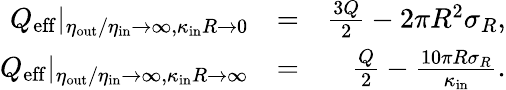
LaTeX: \begin{array}{rlr}{Q_{\mathrm{eff}}|_{\eta_{\mathrm{out}}/\eta_{\mathrm{in}}\to\infty,\kappa_{\mathrm{in}}R\to 0}}&{=}&{\frac{3Q}{2}-2\pi R^{2}\sigma_{R},}\\ {Q_{\mathrm{eff}}|_{\eta_{\mathrm{out}}/\eta_{\mathrm{in}}\to\infty,\kappa_{\mathrm{in}}R\to\infty}}&{=}&{\frac{Q}{2}-\frac{10\pi R\sigma_{R}}{\kappa_{\mathrm{in}}}.}\end{array}